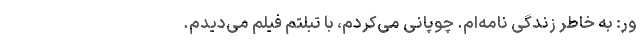
ور: به خاطر زندگی نامه‌ام. چوپانی می‌کردم، با تبلتم فیلم می‌دیدم.